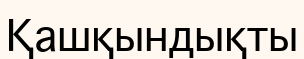
Қашқындықты